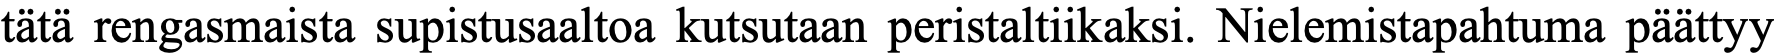
tätä rengasmaista supistusaaltoa kutsutaan peristaltiikaksi. Nielemistapahtuma päättyy